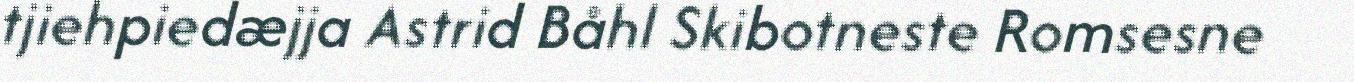
tjiehpiedæjja Astrid Båhl Skibotneste Romsesne